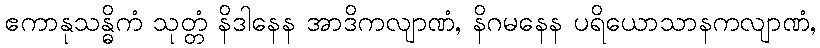
ဧကာနုသန္ဓိကံ သုတ္တံ နိဒါနေန အာဒိကလျာဏံ, နိဂမနေန ပရိယောသာနကလျာဏံ,